Lunatic asylums United Prov. 1922-30 - 1922-1930
Year: 1922
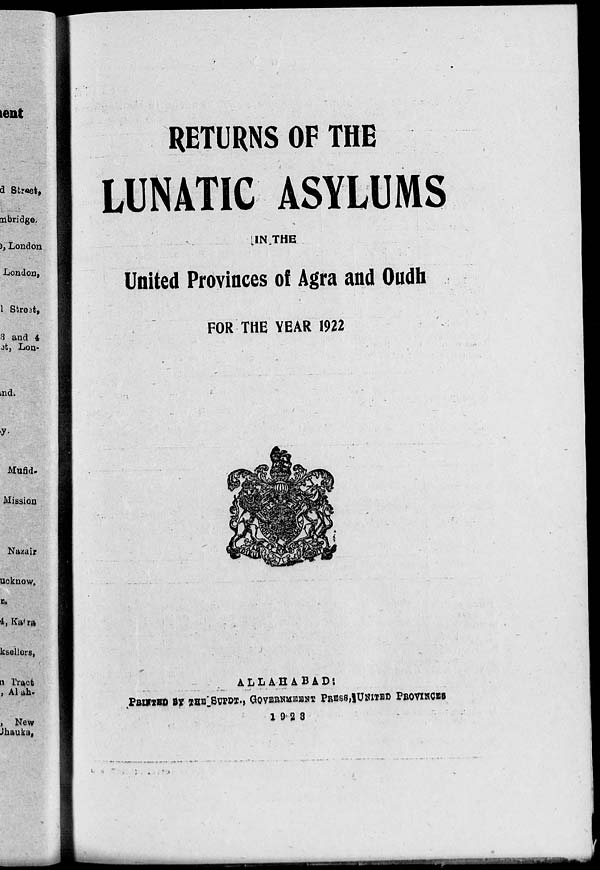
RETURNS OF THE
LUNATIC ASYLUMS
IN THE
United Provinces of Agra and Oudh
FOR THE YEAR 1922
ALLAHABAD :
PRINTED BY THE SUPDT., GOVERNMENT PRESS,UNITED PROVINCES
1 9 2 8